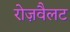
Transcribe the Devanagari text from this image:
रोज़वैलट